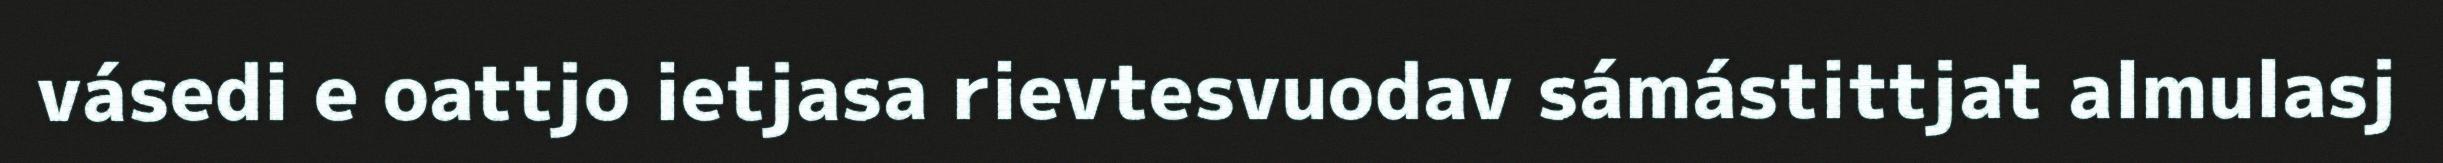
vásedi e oattjo ietjasa rievtesvuodav sámástittjat almulasj